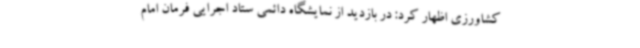
کشاورزی اظهار کرد: در بازدید از نمایشگاه دائمی ستاد اجرایی فرمان امام